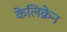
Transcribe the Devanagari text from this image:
केलिक्रेन